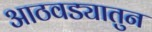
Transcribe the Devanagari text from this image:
आठवड्यातुन